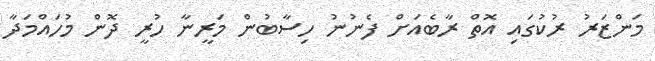
މަންޒަރު ރުކުގައި އޮތް ރާބެއަށް ފެނުނު ހިސާބުން މަރީނާ ހުރީ ދޮން މުހައްމަދާ